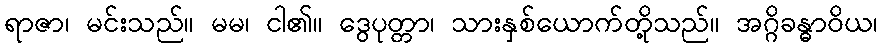
ရာဇာ၊ မင်းသည်။ မမ၊ ငါ၏။ ဒွေပုတ္တာ၊ သားနှစ်ယောက်တို့သည်။ အဂ္ဂိခန္ဓာဝိယ၊